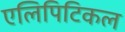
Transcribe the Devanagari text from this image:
एलिपिटिकल